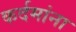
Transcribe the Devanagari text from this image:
कर्दमांना